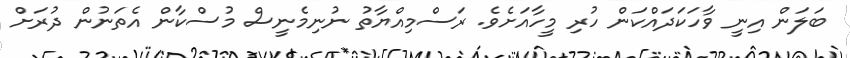
ބަލަން އިނީ ވާހަކަދައްކަން ހުރި މީހާއަށެވެ. ރަސްމިއްޔާތު ނުނިމެނީސް މުސްކާން އެތަނުން ދުރަށް